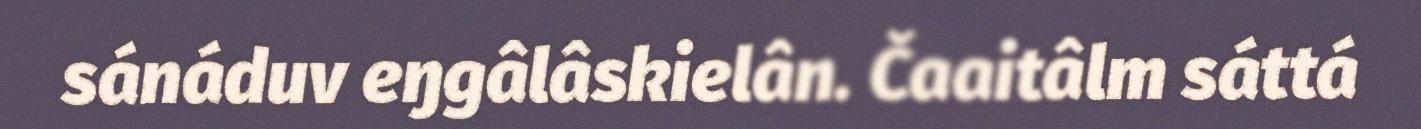
sánáduv eŋgâlâskielân. Čaaitâlm sáttá